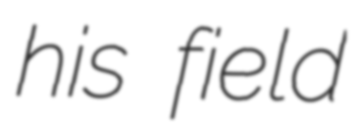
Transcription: his field